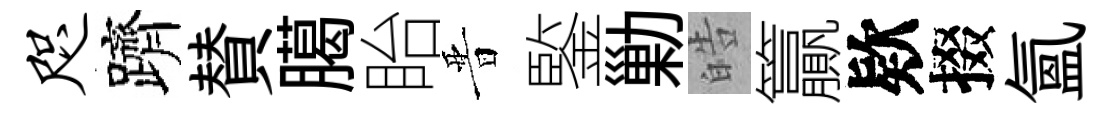
咫躋賛臈眙晋鍳勦皓籯欵掇氳